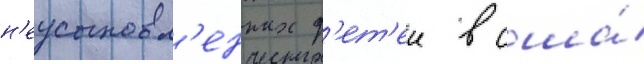
н'еусыновл'енных д'ет'еи в сша́